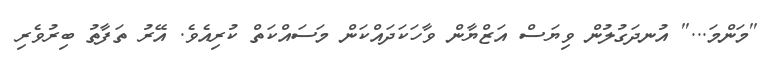
''މަންމަ...'' އުނދަގުލުން ވިޔަސް އަޒްޔާން ވާހަކަދައްކަން މަސައްކަތް ކުރިއެވެ. އޭރު ތަފާތު ބިރުވެރި